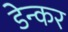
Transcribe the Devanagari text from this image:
डेन्कर